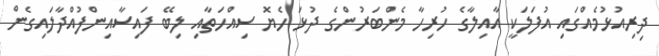
ދިރިއުޅުމެއްގައި އުފަލަކީ އާއިލާގެ ހުރިހާ މެންބަރުންގެ ދުޅަ ހެޔޮ ސިއްހަތާއި ލިބޭ ފައިސާއިންފުުއްދާލައިގެން